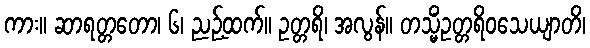
ကား။ ဆာရတ္တတော၊ ၆၊ ညဉ့်ထက်။ ဥတ္တရိ၊ အလွန်။ တသ္မိံဥတ္တရိဝသေယျာတိ၊